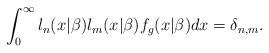
LaTeX: \begin{align*}\int_{0}^{\infty }l_{n}(x|\beta )l_{m}(x|\beta )f_{g}(x|\beta )dx=\delta_{n,m}. \end{align*}